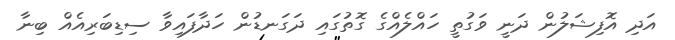
އަދި އޮފިޝަލުން ދަނީ ވަގުތީ ހައްލެއްގެ ގޮތުގައި ދަގަނޑުން ހަދާފައިވާ ސިޑިބަރިއެއް ބިނާ